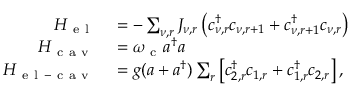
\begin{array} { r l } { H _ { \mathrm { ~ e ~ l ~ } } } & { { } = - \sum _ { \nu , r } J _ { \nu , r } \left( c _ { \nu , r } ^ { \dagger } c _ { \nu , r + 1 } + c _ { \nu , r + 1 } ^ { \dagger } c _ { \nu , r } \right) } \\ { H _ { \mathrm { ~ c ~ a ~ v ~ } } } & { { } = \omega _ { \mathrm { ~ c ~ } } a ^ { \dagger } a } \\ { H _ { \mathrm { ~ e ~ l ~ - ~ c ~ a ~ v ~ } } } & { { } = g ( a + a ^ { \dagger } ) \sum _ { r } \left[ c _ { 2 , r } ^ { \dagger } c _ { 1 , r } + c _ { 1 , r } ^ { \dagger } c _ { 2 , r } \right] , } \end{array}